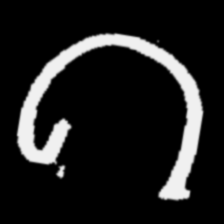
Pyu character \u2014 Myanmar letter: ဂ (romanized: ga)